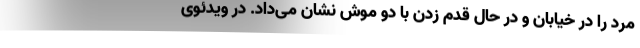
مرد را در خیابان و در حال قدم زدن با دو موش نشان می‌داد. در ویدئوی